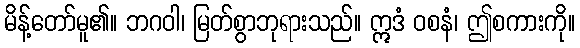
မိန့်တော်မူ၏။ ဘဂဝါ၊ မြတ်စွာဘုရားသည်။ ဣဒံ ဝစနံ၊ ဤစကားကို။